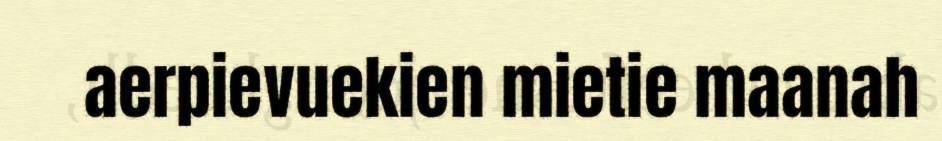
aerpievuekien mietie maanah